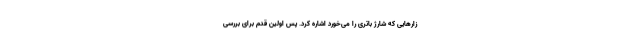
زارهایی که شارژ باتری را می‌خورد اشاره کرد. پس اولین قدم برای بررسی